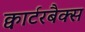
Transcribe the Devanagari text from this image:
क्वार्टरबैक्स